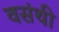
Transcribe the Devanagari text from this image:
वसंथी